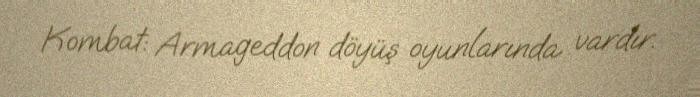
Kombat: Armageddon döyüş oyunlarında vardır.